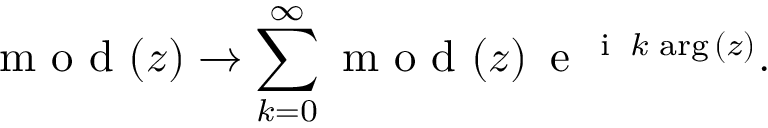
\mathrm { ~ m ~ o ~ d ~ } ( z ) \xrightarrow { } \sum _ { k = 0 } ^ { \infty } { \mathrm { ~ m ~ o ~ d ~ } ( z ) \, \mathrm { ~ e ~ } ^ { \mathrm { ~ i ~ } \, k \, \arg { ( z ) } } } .